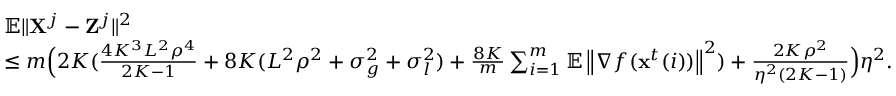
\begin{array} { r l } & { \mathbb { E } \| { \bf X } ^ { j } - { \bf Z } ^ { j } \| ^ { 2 } } \\ & { \leq m \Big ( 2 K ( \frac { 4 K ^ { 3 } L ^ { 2 } \rho ^ { 4 } } { 2 K - 1 } + 8 K ( L ^ { 2 } \rho ^ { 2 } + \sigma _ { g } ^ { 2 } + \sigma _ { l } ^ { 2 } ) + \frac { 8 K } { m } \sum _ { i = 1 } ^ { m } \mathbb { E } \left\| \nabla f ( \mathbf { x } ^ { t } ( i ) ) \right\| ^ { 2 } ) + \frac { 2 K \rho ^ { 2 } } { \eta ^ { 2 } ( 2 K - 1 ) } \Big ) \eta ^ { 2 } . } \end{array}